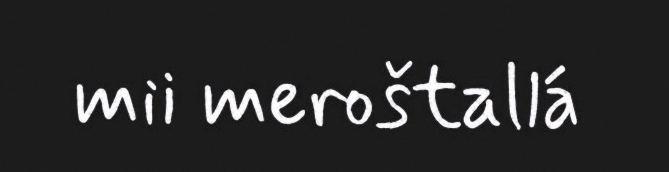
mii meroštallá